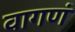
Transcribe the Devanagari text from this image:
वागणं